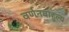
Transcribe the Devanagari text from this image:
वर्णनबाहुल्य